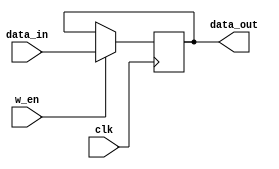
`timescale 1ns / 1ps
//////////////////////////////////////////////////////////////////////////////////
// Company: 
// Engineer: 
// 
// Design Name: 
// Module Name: Register
// Project Name: CSD processor design 
// Target Devices: zed 
// Tool Versions:
// Description: 
// 
// Dependencies: 
// 
// Revision: v1
// Revision 0.01 - File Created
// Additional Comments:
// 
//////////////////////////////////////////////////////////////////////////////////


module Register(
    input clk,
    input w_en,
    input [27:0] data_in,
    output reg [27:0] data_out
    );

    
    //register set at posedge clk
    always @(posedge clk)
    begin
        if(w_en == 1)
            data_out<=data_in;
    end
        
endmodule